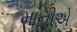
માનીએ